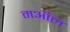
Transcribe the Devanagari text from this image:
मऑल